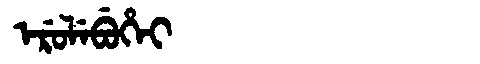
Manchu: ᡝᡵᡠᠯᡝᠪᡠᡥᡝᡳ
Romanization: ERULEBUHEI